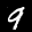
Label: 9